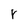
Character: k